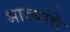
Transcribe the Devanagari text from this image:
भाव्यांचे